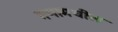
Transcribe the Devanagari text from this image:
गणामधील